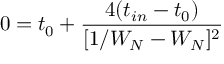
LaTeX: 0 = t _ { 0 } + \frac { 4 ( t _ { i n } - t _ { 0 } ) } { [ 1 / W _ { N } - W _ { N } ] ^ { 2 } }